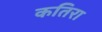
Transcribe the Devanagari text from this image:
कतिरा